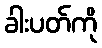
ခါးပတ်ကို